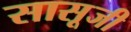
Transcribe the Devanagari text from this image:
सासूजी